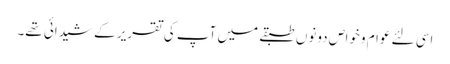
اسی لئے عوام وخواص دونوں طبقے میں آپ کی تقریر کے شیدائی تھے۔